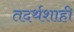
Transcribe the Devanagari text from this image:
तदर्थशाही